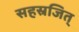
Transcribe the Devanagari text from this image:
सहस्रजित्